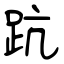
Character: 䟘